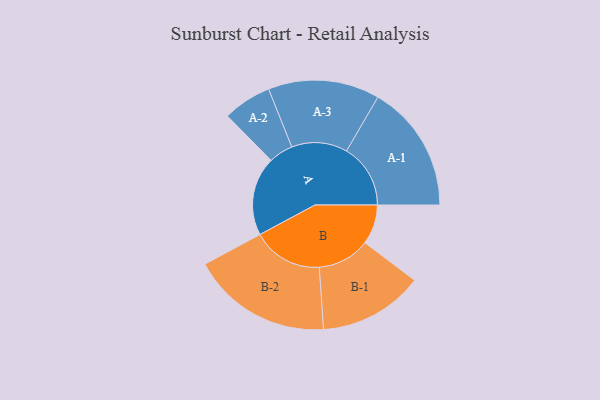
{"axis": {"x": "Segment", "y": "Value"}, "legend": ["", "A", "B"], "data": [{"x": "A", "y": 334, "type": ""}, {"x": "B", "y": 168, "type": ""}, {"x": "A-1", "y": 271, "type": "A"}, {"x": "A-2", "y": 103, "type": "A"}, {"x": "A-3", "y": 236, "type": "A"}, {"x": "B-1", "y": 222, "type": "B"}, {"x": "B-2", "y": 298, "type": "B"}]}